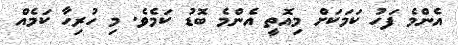
އެންމެ ފަހު ކަމަކަށް މިއޮތީ އެންމެ ބޮޑު ކަމެވެ. މި ހުރިހާ ކަމެއް